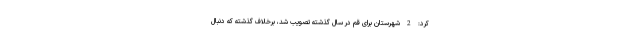
کرد: 2 شهرستان برای قم در سال گذشته تصویب شد، برخلاف گذشته که دنبال